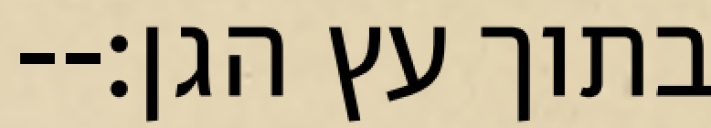
בתוך עץ הגן׃--